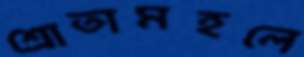
শ্রোতামহলে